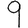
Digit: 9